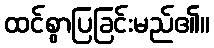
ထင်စွာပြခြင်းမည်၏။